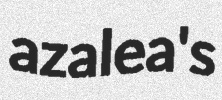
azalea's